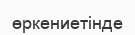
өркениетінде